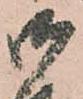
御